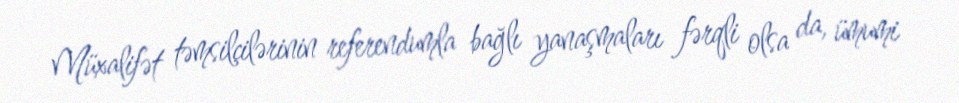
Müxalifət təmsilçilərinin referendumla bağlı yanaşmaları fərqli olsa da, ümumi